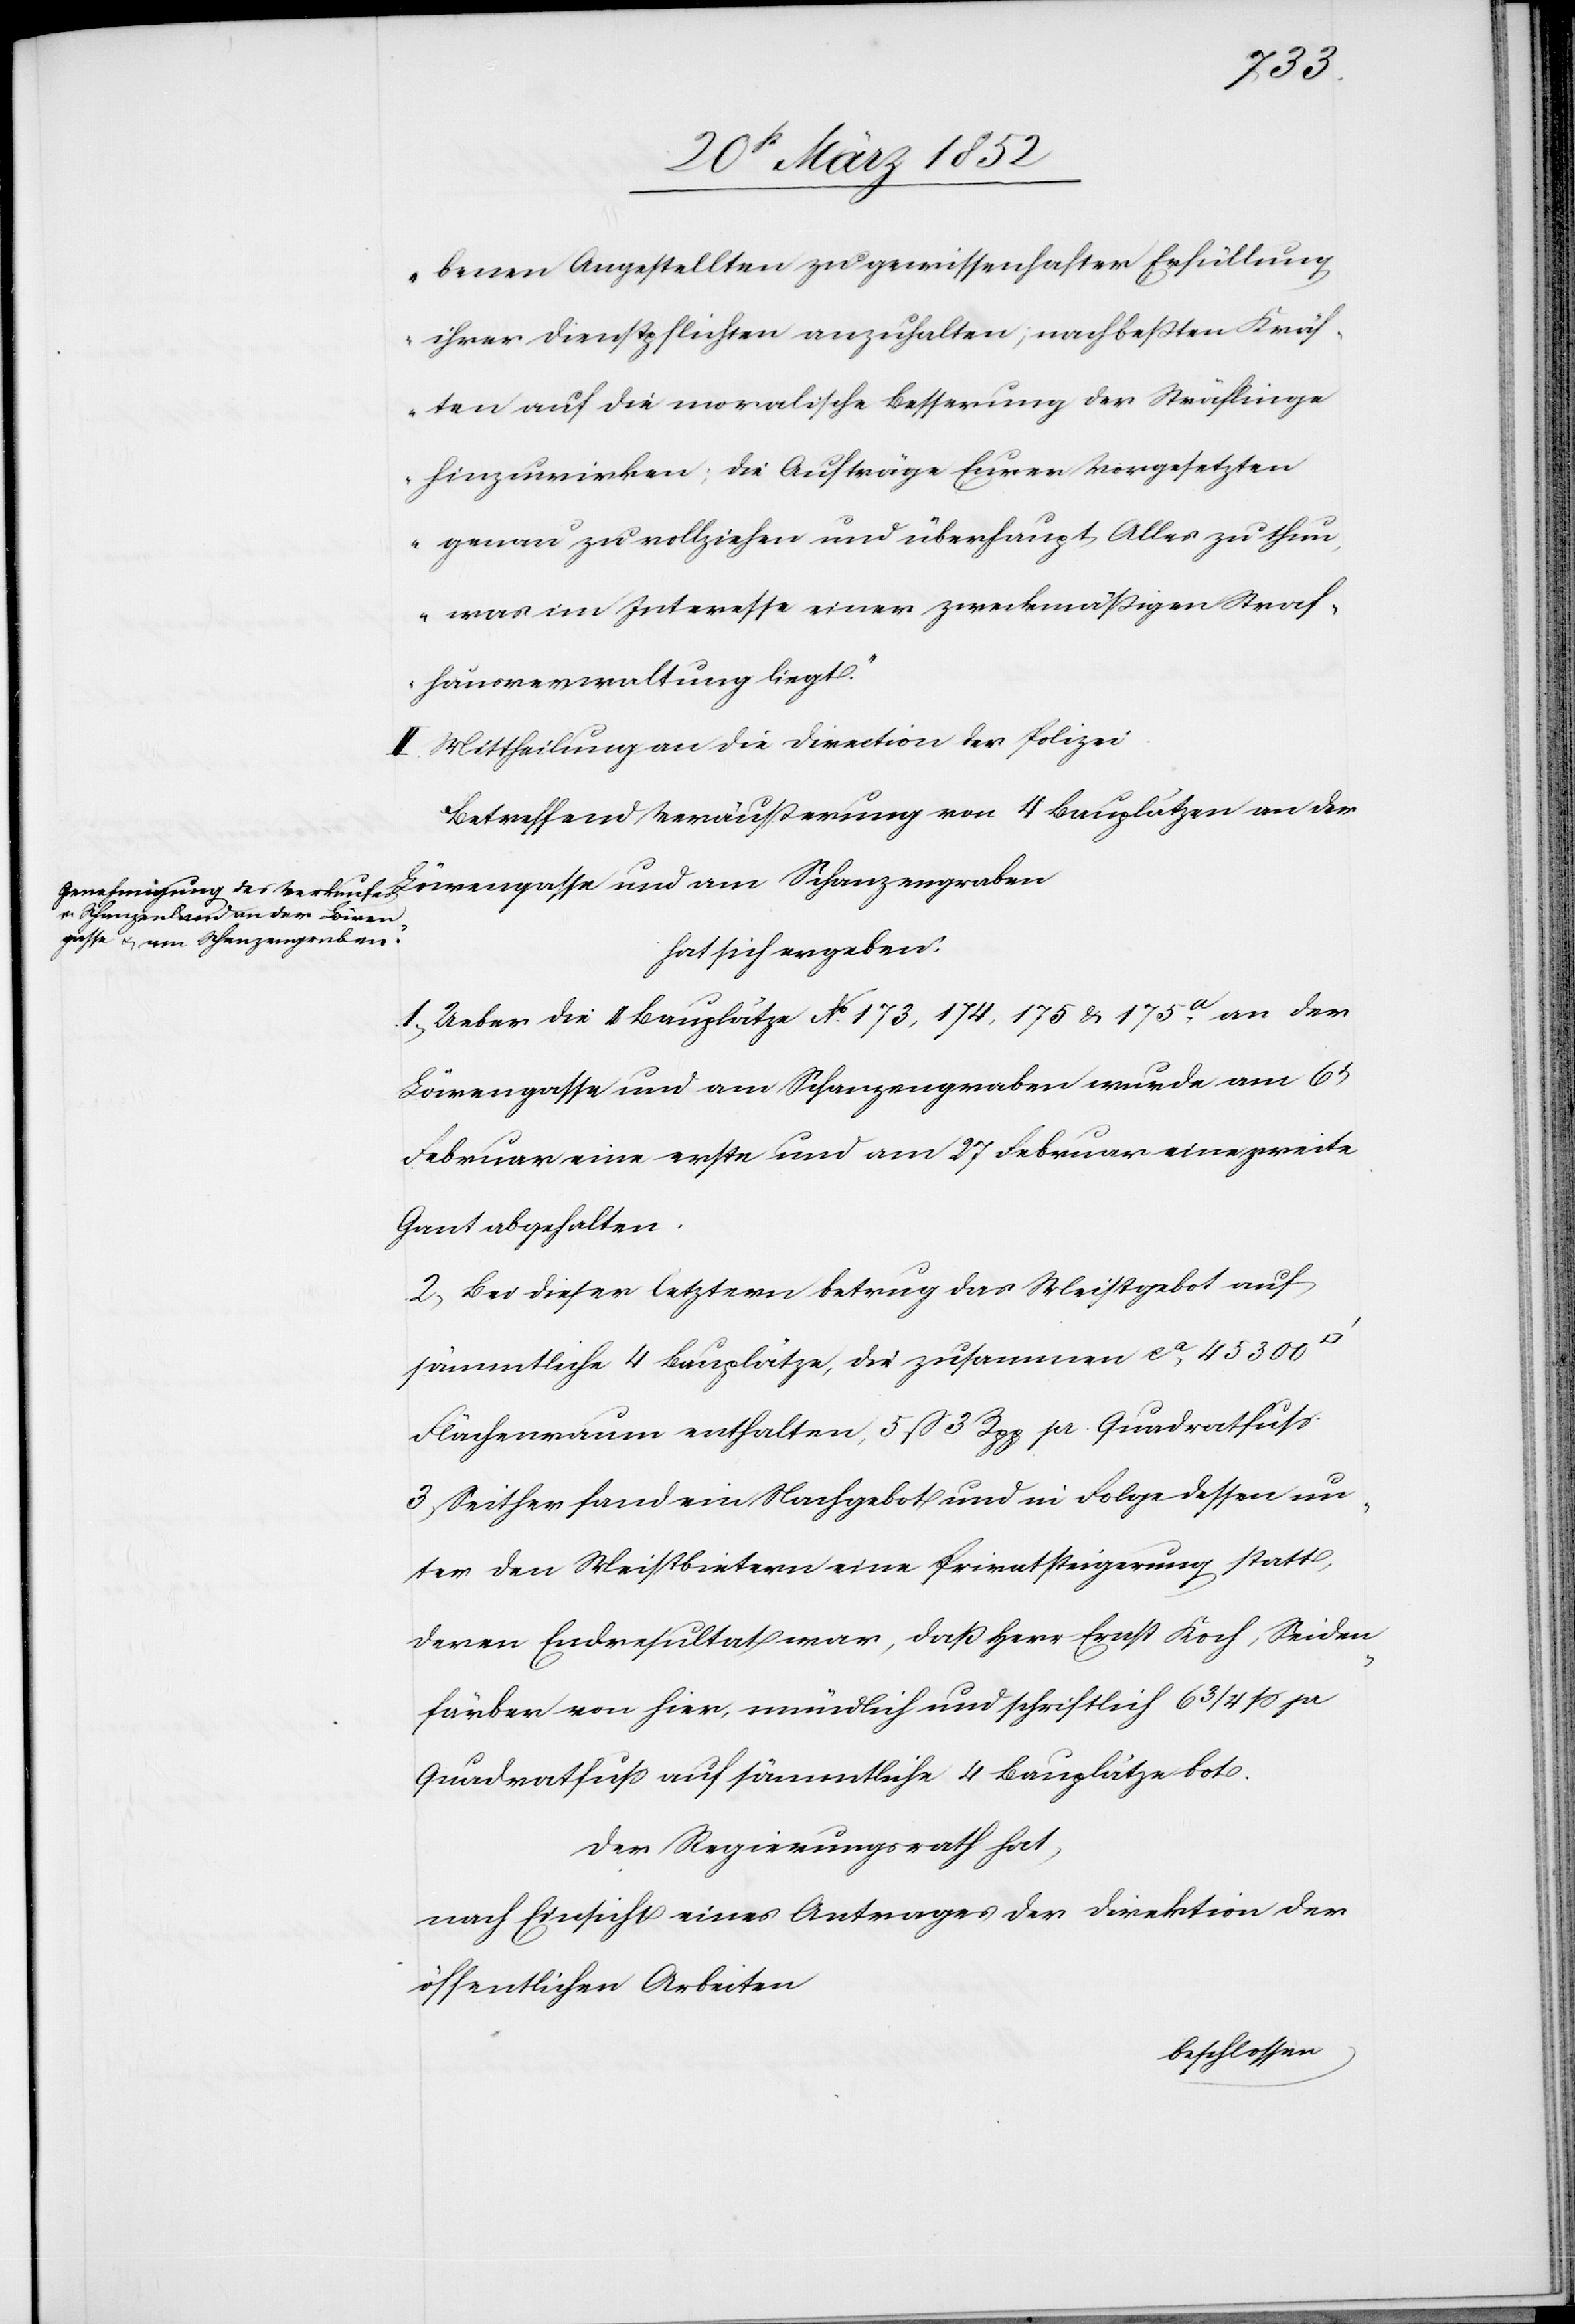
benen Angestellten zu gewissenhafter Erfüllung
ihrer Dienstpflichten anzuhalten; nach beßten Kräf¬
ten auf die moralische Besserung der Sträflinge
hinzuwirken; die Aufträge Eurer Vorgesetzten
genau zu vollziehen und überhaupt Alles zu thun,
was im Interesse einer zweckmäßigen Straf¬
hausverwaltung liegt.“
II. Mittheilung an die Direction der Polizei.
Betreffend Veräußerung von 4 Bauplätzen an der
hat sich ergeben.
1) Ueber die 4 Bauplätze No. 173, 174, 175 u. 175a an der
Löwengasse und am Schanzengraben wurde am 6t
Februar eine erste und am 27 Februar eine zweite
Gant abgehalten.
2) Bei dieser letztern betrug das Meistgebot auf
sämmtliche 4 Bauplätze, die zusammen ca 45 300
Flächenraum enthalten, 5 f 3 Rpp pr. Quadratfuß.
3) Seither fand ein Nachgebot und in Folge dessen un¬
ter den Meistbietern eine Privatsteigerung statt,
deren Endresultat war, daß Herr Ernst Koch, Seiden¬
färber von hier, mündlich und schriftlich 6 3/4 f pr
Quadratfuß auf sämmtliche 4 Bauplätze bot.
Der Regierungsrath hat,
nach Einsicht eines Antrages der Direktion der
öffentlichen Arbeiten